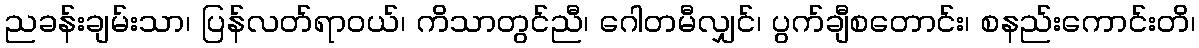
ညခန်းချမ်းသာ၊ ပြန်လတ်ရာဝယ်၊ ကိသာတွင်ညီ၊ ဂေါတမီလျှင်၊ ပွက်ချီစတောင်း၊ စနည်းကောင်းတိ၊